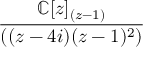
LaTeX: \frac { \mathbb { C } [ z ] _ { ( z - 1 ) } } { ( ( z - 4 i ) ( z - 1 ) ^ { 2 } ) }